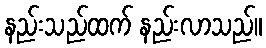
နည်းသည်ထက် နည်းလာသည်။